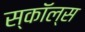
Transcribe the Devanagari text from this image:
स्कॉल्स